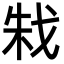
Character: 㦵